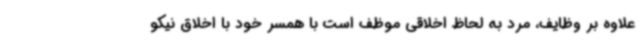
علاوه بر وظایف، مرد به لحاظ اخلاقی موظف است با همسر خود با اخلاق نیکو